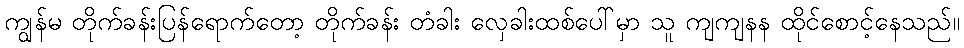
ကျွန်မ တိုက်ခန်းပြန်ရောက်တော့ တိုက်ခန်း တံခါး လှေခါးထစ်ပေါ်မှာ သူ ကျကျနန ထိုင်စောင့်နေသည်။